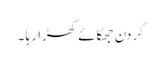
گردن جھکائے کھڑا رہا ۔